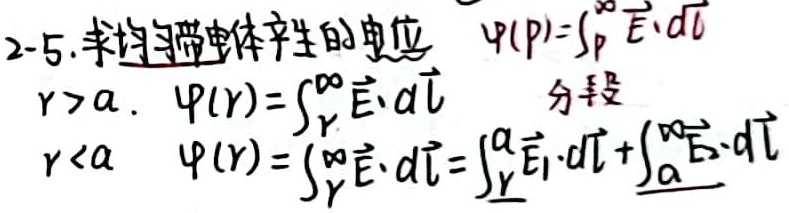
2 - 5. 求均匀带电体产生的电位 $\varphi(p)=\int_{p}^{\infty}\vec{E}\cdot d\vec{l}$
当\(r > a\)时，\(\varphi(r)=\int_{r}^{\infty}\vec{E}\cdot d\vec{l}\)，分段
当\(r < a\)时，\(\varphi(r)=\int_{r}^{\infty}\vec{E}\cdot d\vec{l}=\int_{r}^{a}\vec{E}_{1}\cdot d\vec{l}+\int_{a}^{\infty}\vec{E}_{2}\cdot d\vec{l}\)